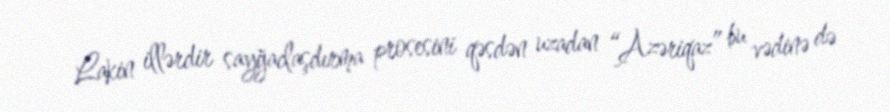
Lakin illərdir sayğaclaşdırma prosesini qəsdən uzadan “Azəriqaz” bu vədinə də